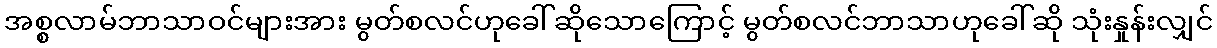
အစ္စလာမ်ဘာသာဝင်များအား မွတ်စလင်ဟုခေါ်ဆိုသောကြောင့် မွတ်စလင်ဘာသာဟုခေါ်ဆို သုံးနှုန်းလျှင်